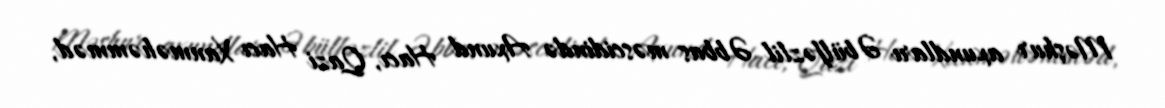
Məşhur axundları Əbülfəzlil Əbbas məscidində Axund Hacı, Qazi Hacı Xanməhəmməd,